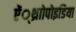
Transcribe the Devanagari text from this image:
ऐं्थ्राोपोइडिया